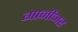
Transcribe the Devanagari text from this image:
गार्नीअर